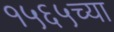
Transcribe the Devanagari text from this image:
१५६५च्या